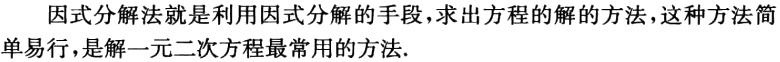
因式分解法就是利用因式分解的手段，求出方程的解的方法，这种方法简单易行，是解一元二次方程最常用的方法.